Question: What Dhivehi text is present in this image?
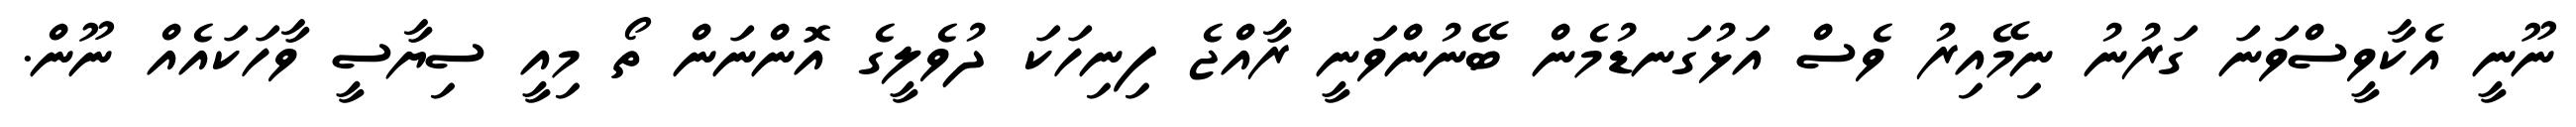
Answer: ނޫނީ އެކާވީސްވަނަ ގަރުނު ނިމޭއިރު ވެސް އަޅުގަނޑުމެން ބޭނުންވަނީ ރާއްޖެ ފިނިހަކަ ދުވެލީގެ އޮންނަން ތޯ މިއީ ސިޔާސީ ވާހަކައެއް ނޫން.